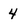
Character: 4